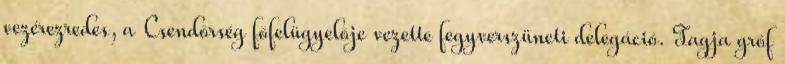
vezérezredes, a Csendõrség fõfelügyelõje vezette fegyverszüneti delegáció. Tagja gróf